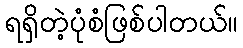
ရရှိတဲ့ပုံစံဖြစ်ပါတယ်။